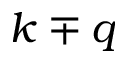
k \mp q